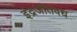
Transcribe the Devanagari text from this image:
इंद्रजीतवध